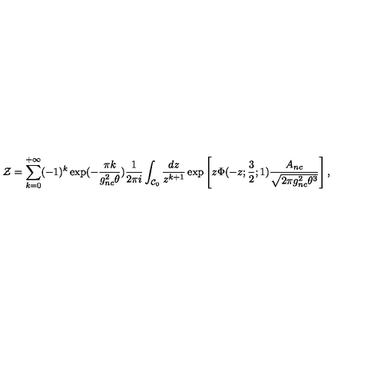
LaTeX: { \cal Z } = \sum _ { k = 0 } ^ { + \infty } ( - 1 ) ^ { k } \exp ( - \frac { \pi k } { g _ { n c } ^ { 2 } \theta } ) \frac { 1 } { 2 \pi i } \int _ { { \cal C } _ { 0 } } \frac { d z } { z ^ { k + 1 } } \exp \left[ z \Phi ( - z ; \frac { 3 } { 2 } ; 1 ) \frac { A _ { n c } } { \sqrt { 2 \pi g _ { n c } ^ { 2 } \theta ^ { 3 } } } \right] ,